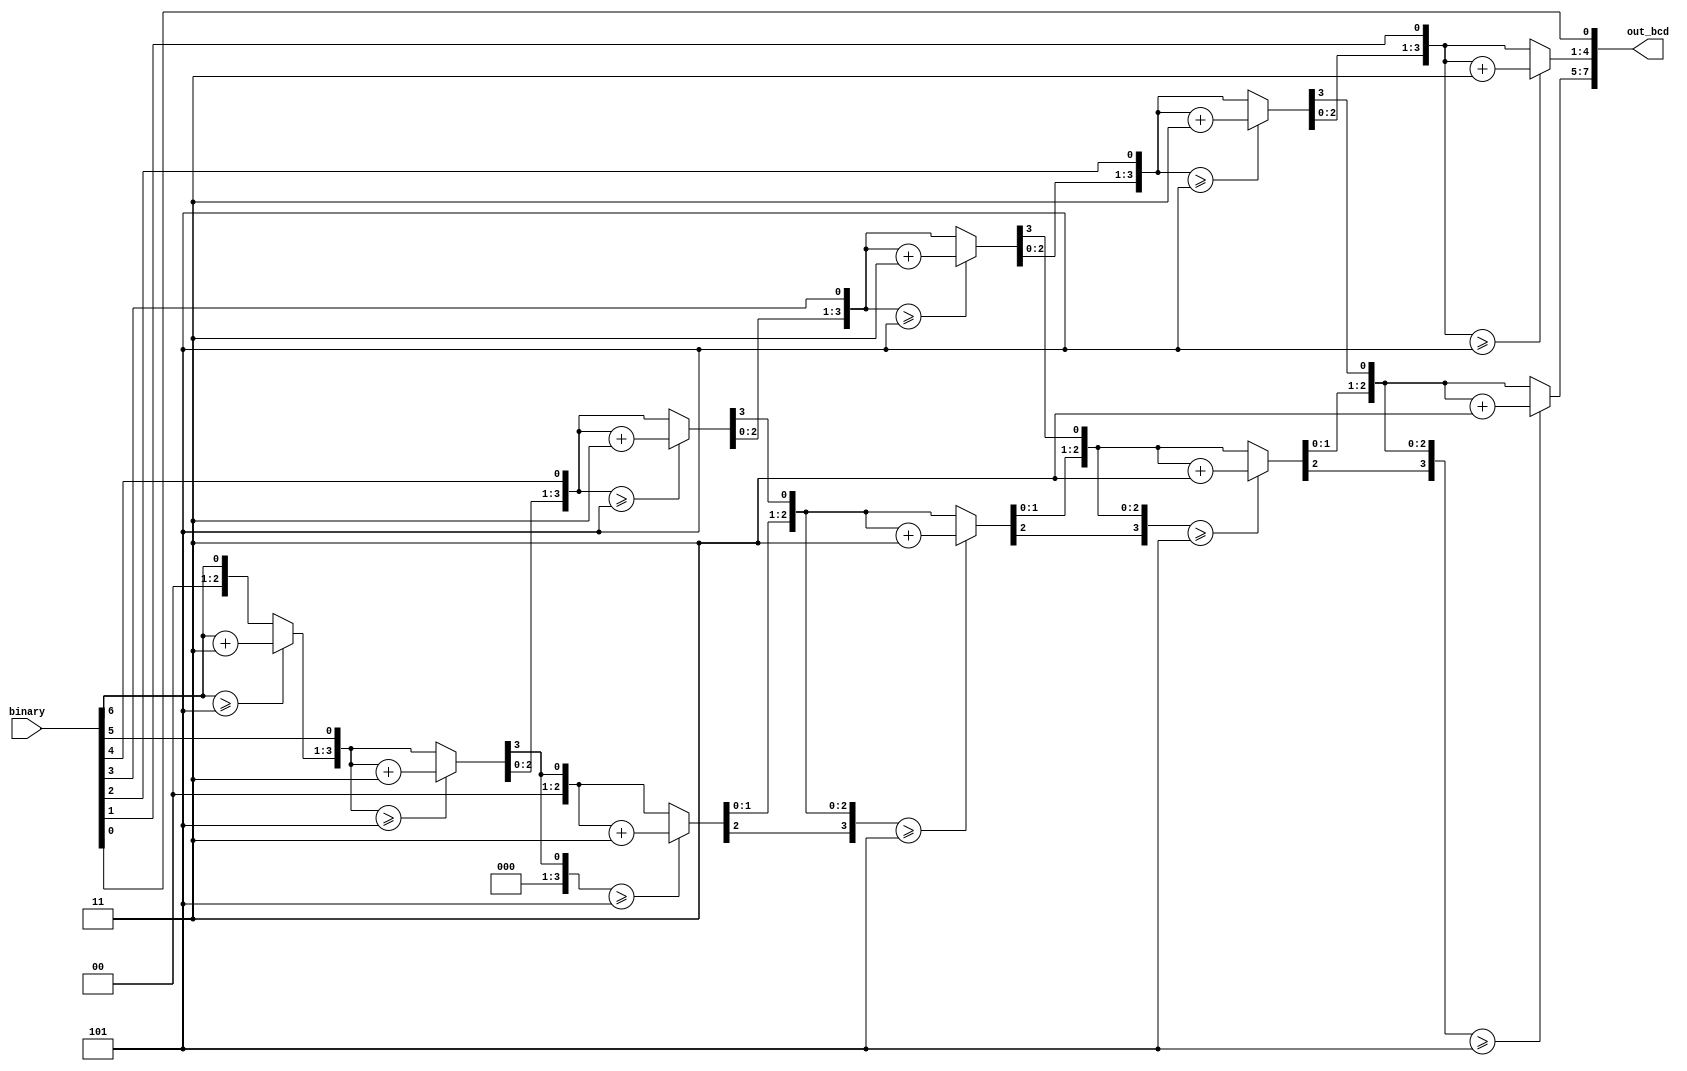
module s7bittobcd(out_bcd, binary);
   input [6:0] binary;
   output [7:0] out_bcd;

   reg [3:0]     out[1:0];
   wire [3:0]    wout[1:0];

   assign out_bcd = {wout[1], wout[0]};

   generate
        assign wout[0] = out[0];
        assign wout[1] = out[1];
   endgenerate

   integer       i;
   always @(binary)
     begin
        out[1] = 4'd0;
        out[0] = 4'd0;

        for (i = 6; i >= 0; i = i - 1)
          begin
            if(out[1] >= 5)
              out[1] = out[1] + 3;
            if(out[0] >= 5)
              out[0] = out[0] + 3;

            out[1] = out[1] << 1;
            out[1][0] = out[0][3];
            out[0] = out[0] << 1;
            out[0][0] = binary[i];
          end
     end
endmodule